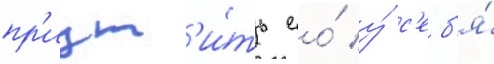
пр'иут'и́ть ео́ у́ с'еб'я́